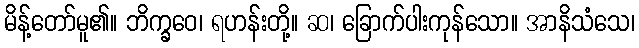
မိန့်တော်မူ၏။ ဘိက္ခဝေ၊ ရဟန်းတို့။ ဆ၊ ခြောက်ပါးကုန်သော။ အာနိသံသေ၊